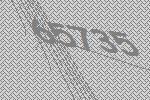
65735